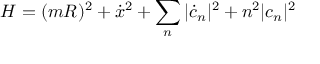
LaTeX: H = ( m R ) ^ { 2 } + { \dot { x } } ^ { 2 } + \sum _ { n } | { \dot { c } } _ { n } | ^ { 2 } + n ^ { 2 } | c _ { n } | ^ { 2 }